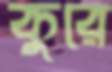
কুরে